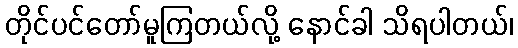
တိုင်ပင်တော်မူကြတယ်လို့ နောင်ခါ သိရပါတယ်၊